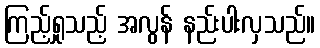
ကြည့်ရှုသည့် အလွန် နည်းပါးလှသည်။